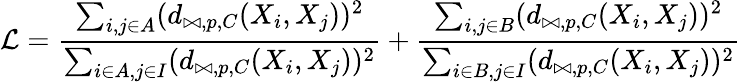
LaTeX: \mathcal{L}=\frac{\sum_{i,j\in A}(d_{\bowtie,p,C}(X_{i},X_{j}))^{2}}{\sum_{i\in A,j\in I}(d_{\bowtie,p,C}(X_{i},X_{j}))^{2}}+\frac{\sum_{i,j\in B}(d_{\bowtie,p,C}(X_{i},X_{j}))^{2}}{\sum_{i\in B,j\in I}(d_{\bowtie,p,C}(X_{i},X_{j}))^{2}}